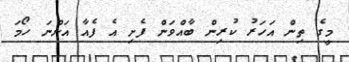
މީގެ ތިން އަހަރު ކުރިން ބާއްވަން ފެށި އެ ފެއާ އަންނަ ހޯމަ